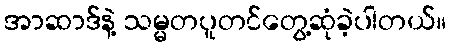
အာဆာဒ်နဲ့ သမ္မတပူတင်တွေ့ဆုံခဲ့ပါတယ်။